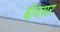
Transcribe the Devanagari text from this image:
बोवसर